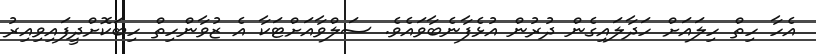
އެހާ ހިތް ހިލައަށް ހަދާލައިގެން ދުރުން އުޅެފާނެބާވައެވެ. ސަލްވާއަށްޓަކާ އެ ޒުވާންހިތް ހިބަކޮށްދީފައިވިއިރު